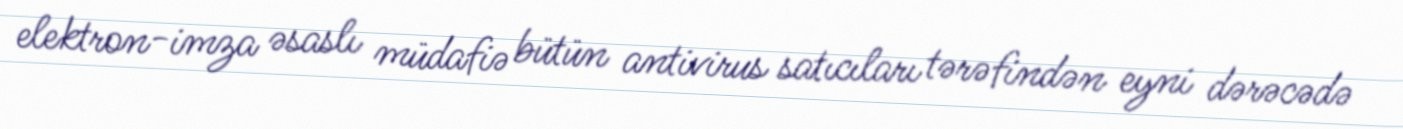
elektron-imza əsaslı müdafiə bütün antivirus satıcıları tərəfindən eyni dərəcədə